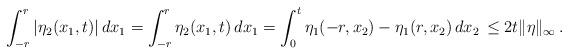
LaTeX: \begin{align*}\int_{-r}^r |\eta_2(x_1,t)|\, dx_1 = \int_{-r}^r \eta_2(x_1,t)\, dx_1 = \int_0^t \eta_1(-r, x_2) - \eta_1(r, x_2)\, dx_2\, \le 2t\|\eta\|_\infty\,.\end{align*}